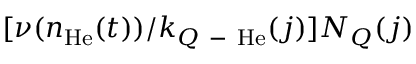
[ \nu ( n _ { \mathrm { H e } } ( t ) ) / k _ { Q \mathrm { ~ - ~ } \mathrm { H e } } ( j ) ] N _ { Q } ( j )